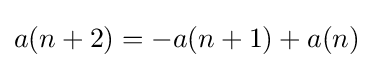
a(n+2)=-a(n+1)+a(n)